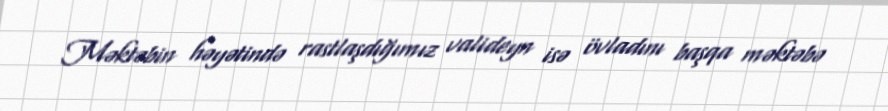
Məktəbin həyətində rastlaşdığımız valideyn isə övladını başqa məktəbə